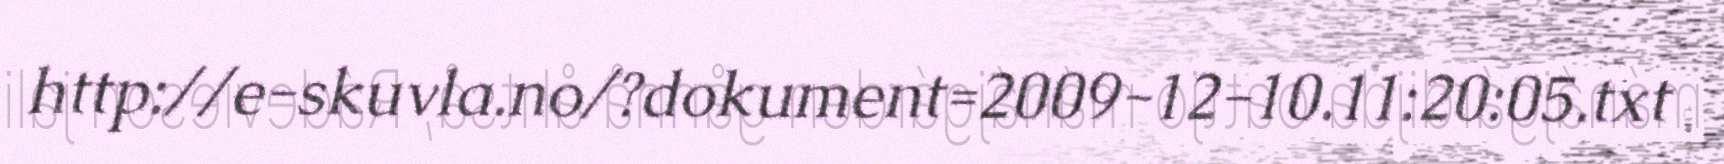
http://e-skuvla.no/?dokument=2009-12-10.11:20:05.txt